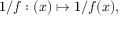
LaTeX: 1 / f : ( x ) \mapsto 1 / f ( x ) ,